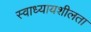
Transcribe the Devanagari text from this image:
स्वाध्यायशीलता